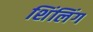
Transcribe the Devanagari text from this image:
शिंलिंग